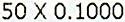
50 X 0.1000